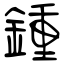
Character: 鍾